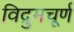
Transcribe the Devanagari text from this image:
विद्रुमचूर्ण